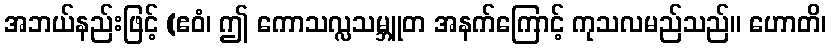
အဘယ်နည်းဖြင့် (ဧဝံ၊ ဤ ကောသလ္လသမ္ဘူတ အနက်ကြောင့် ကုသလမည်သည်။ ဟောတိ၊